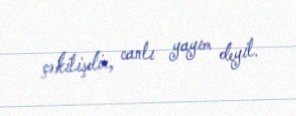
çəkilişdir, canlı yayım deyil.